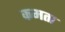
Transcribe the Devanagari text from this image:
कमता